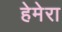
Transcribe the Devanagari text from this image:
हेमेरा